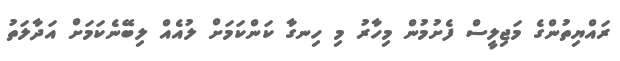
ރައްޔިތުންގެ މަޖިލީސް ފެށުމުން މިހާރު މި ހިނގާ ކަންކަމަށް ލުއެއް ލިބޭނެކަމަށް އަދާލަތު